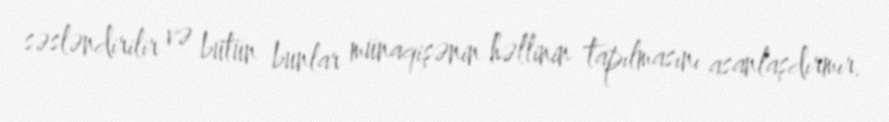
səsləndirilir və bütün bunlar münaqişənin həllinin tapılmasını asanlaşdırmır.